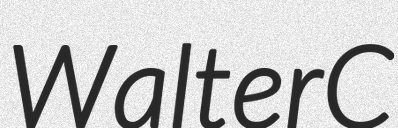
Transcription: Walter C